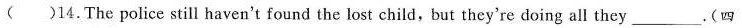
( 14.The police still haven't found the lost child, but they're doing all they___.(四